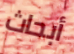
أبحاث